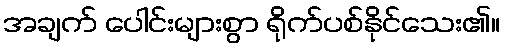
အချက် ပေါင်းများစွာ ရိုက်ပစ်နိုင်သေး၏။